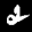
Label: 2